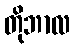
တိုဘာလ